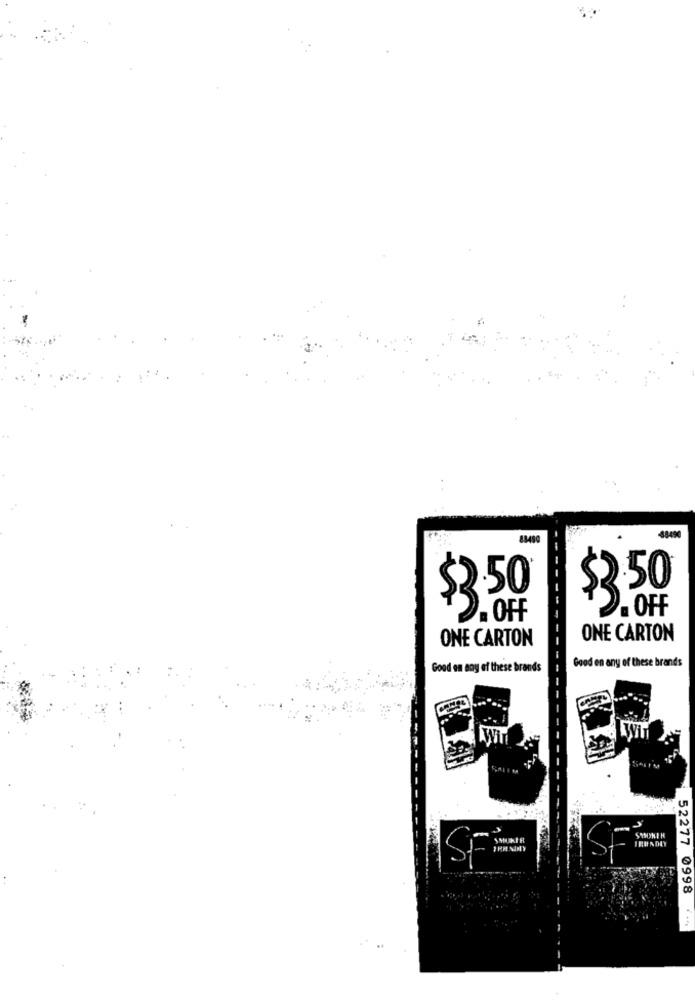
88490
50
$3.59
OFF
ONE CARTON
ONE CARTON
Good en any of these brands
Good on any of these brands
SSSONEH
IRUNDEY
52277 0998